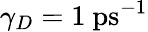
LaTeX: \gamma_{D}=1\ \mathrm{ps}^{-1}